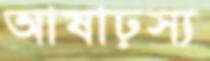
আষাঢ়স্য